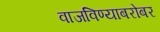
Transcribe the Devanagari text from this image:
वाजविण्याबरोबर